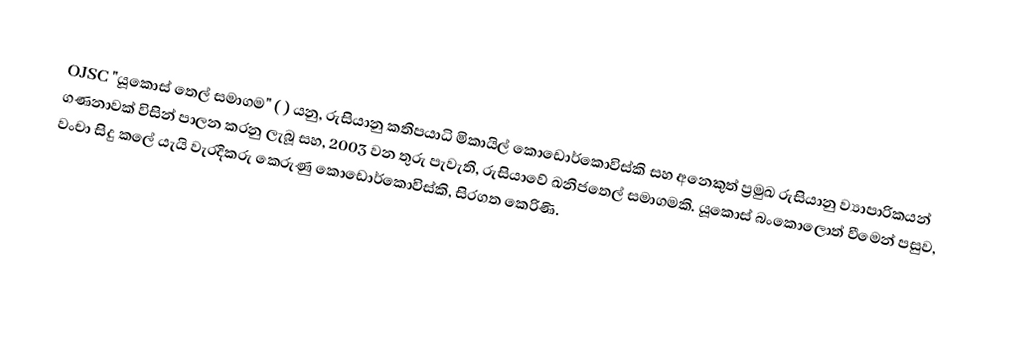
OJSC "යූකොස් තෙල් සමාගම" ( ) යනු,  රුසියානු කතිපයාධි මිකායිල් කොඩොර්කොවිස්‌කි සහ අනෙකුත් ප්‍රමුඛ රුසියානු  ව්‍යාපාරිකයන් ගණනාවක් විසින් පාලන කරනු ලැබූ සහ, 2003 වන තුරු පැවැති, රුසියාවේ  ඛනිජතෙල් සමාගමකි. යූකොස් බංකොලොත් වීමෙන් පසුව, වංචා සිදු කලේ යැයි වැරදිකරු කෙරුණු කොඩොර්කොවිස්‌කි, සිරගත කෙරිණි.